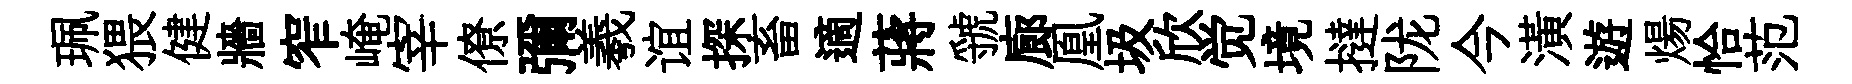
珮猥健牆窄崦宰僚彌羲谊探畜適蔣虢廊凰圾欣觉境撻陇今潢遊煬恰范